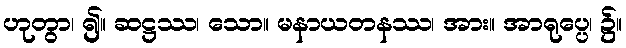
ဟုတွာ၊ ၍။ ဆဋ္ဌဿ၊ သော။ မနာယတနဿ၊ အား။ အာရုပ္ပေ၊ ၌။